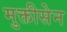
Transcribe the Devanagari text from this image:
मुक्तीसेन